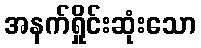
အနက်ရှိုင်းဆုံးသော